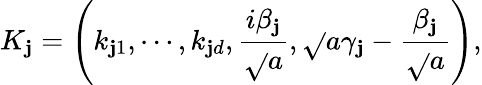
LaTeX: K_{\mathbf{j}}=\left(k_{\mathbf{j}1},\cdots,k_{\mathbf{j}d},\frac{{i\beta_{\mathbf{j}}}}{{\sqrt{}{{a}}}},\sqrt{}{{a}}\gamma_{\mathbf{j}}-\frac{{\beta_{\mathbf{j}}}}{{\sqrt{}{{a}}}}\right),